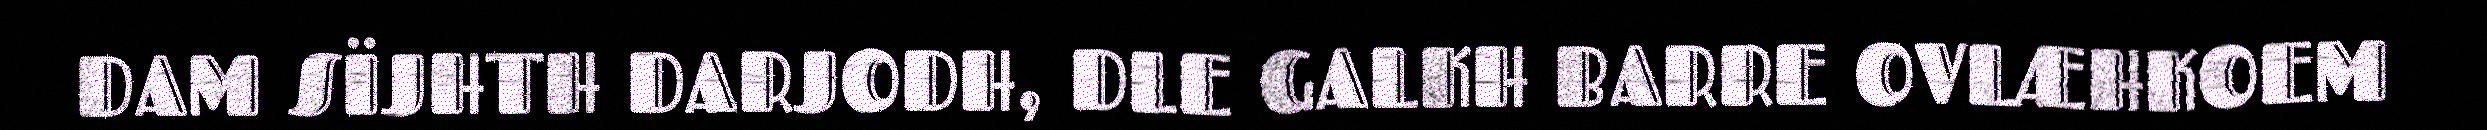
DAM SÏJHTH DARJODH, DLE GALKH BARRE OVLÆHKOEM